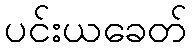
ပင်းယခေတ်